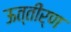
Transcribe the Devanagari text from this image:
ऊत्तीर्ण